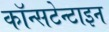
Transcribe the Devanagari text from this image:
कॉन्सटेन्टाइन